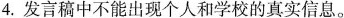
4.发言稿中不能出现个人和学校的真实信息。